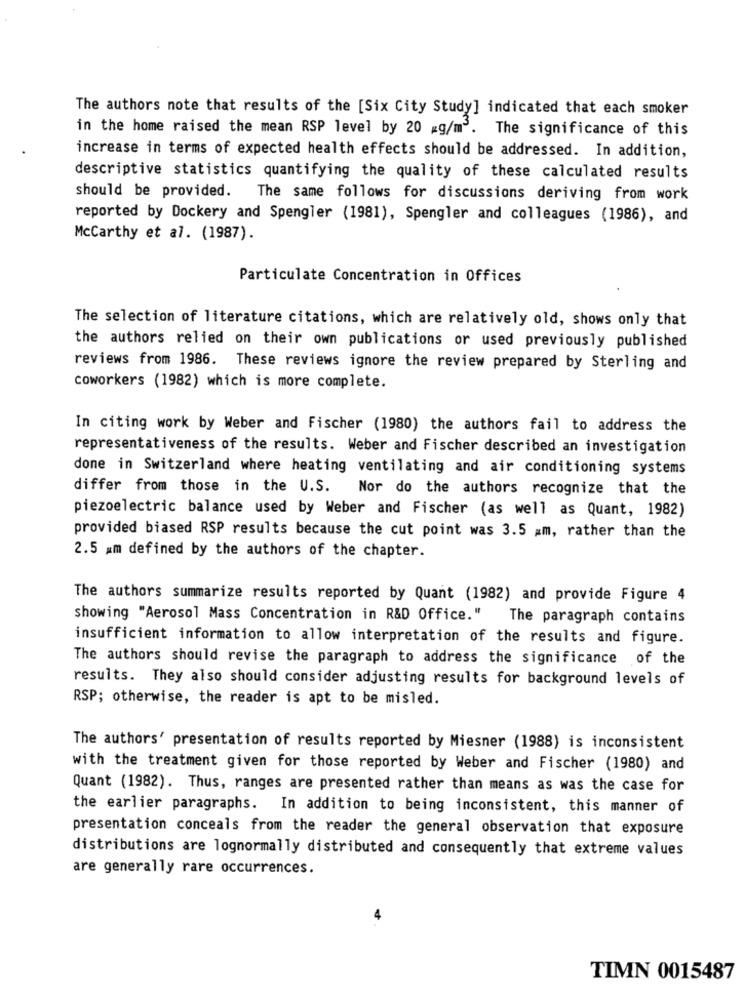
The authors note that results of the [Six City Study] indicated that each smoker
in the home raised the mean RSP level by 20 #g/m3. The significance of this
increase in terms of expected health effects should be addressed. In addition,
descriptive statistics quantifying the quality of these calculated results
should be provided. The same follows for discussions deriving from work
reported by Dockery and Spengler (1981), Spengler and colleagues (1986), and
McCarthy et al. (1987).
Particulate Concentration in Offices
The selection of literature citations, which are relatively old, shows only that
the authors relied on their own publications or used previously published
reviews from 1986. These reviews ignore the review prepared by Sterling and
coworkers (1982) which is more complete.
In citing work by Weber and Fischer (1980) the authors fail to address the
representativeness of the results. Weber and Fischer described an investigation
done in Switzerland where heating ventilating and air conditioning systems
differ from those in the U.S. Nor do the authors recognize that the
piezoelectric balance used by Weber and Fischer (as well as Quant, 1982)
provided biased RSP results because the cut point was 3.5 am, rather than the
2.5 mm defined by the authors of the chapter.
The authors summarize results reported by Quant (1982) and provide Figure 4
showing "Aerosol Mass Concentration in R&D Office."
The paragraph contains
insufficient information to allow interpretation of the results and figure.
The authors should revise the paragraph to address the significance of the
results. They also should consider adjusting results for background levels of
RSP; otherwise, the reader is apt to be misled.
The authors' presentation of results reported by Miesner (1988) is inconsistent
with the treatment given for those reported by Weber and Fischer (1980) and
Quant (1982). Thus, ranges are presented rather than means as was the case for
the earlier paragraphs. In addition to being inconsistent, this manner of
presentation conceals from the reader the general observation that exposure
distributions are lognormally distributed and consequently that extreme values
are generally rare occurrences.
TIMN 0015487